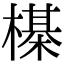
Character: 㯦